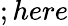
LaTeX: ;here